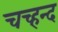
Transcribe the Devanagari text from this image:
चच्हन्द